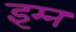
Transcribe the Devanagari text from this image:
इम्न